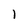
Character: l